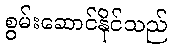
စွမ်းဆောင်နိုင်သည်